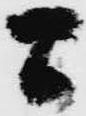
間